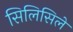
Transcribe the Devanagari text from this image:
सिलिसिले